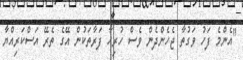
"އެންމެ ފަހު ވަގުތާ ޖެހެންދެން ވެސް ހުރިހާ ފަރާތަކުން އޭގެ ތެރޭ އަސްކަރިއްޔާ